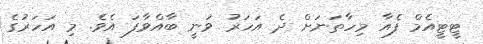
ޓީޓީއެމް ފެއާ މިހާތަނަށް ދެ އަހަރު ވަނީ ބާއްވާފަ އެވެ. މި އަހަރުގެ